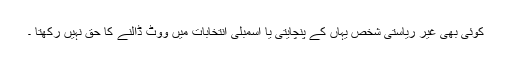
کوئی بھی غیر ریاستی شخص یہاں کے پنچایتی یا اسمبلی انتخابات میں ووٹ ڈالنے کا حق نہیں رکھتا ۔